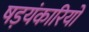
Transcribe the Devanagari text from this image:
षड़यंकारियों